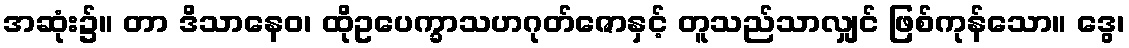
အဆုံး၌။ တာ ဒိသာနေဝ၊ ထိုဥပေက္ခာသဟဂုတ်ဇောနှင့် တူသည်သာလျှင် ဖြစ်ကုန်သော။ ဒွေ၊